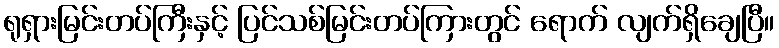
ရုရှားမြင်းတပ်ကြီးနှင့် ပြင်သစ်မြင်းတပ်ကြားတွင် ရောက် လျက်ရှိချေပြီ။